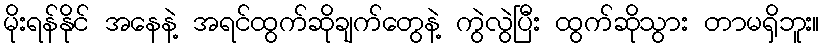
မိုးရန်နိုင် အနေနဲ့ အရင်ထွက်ဆိုချက်တွေနဲ့ ကွဲလွဲပြီး ထွက်ဆိုသွား တာမရှိဘူး။